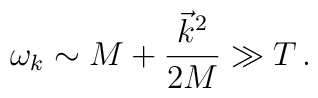
\omega_{k} \sim  M + \frac{\vec{k}^{2}}{2M} \gg T \,.